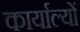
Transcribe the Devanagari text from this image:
कार्याल्यों